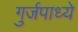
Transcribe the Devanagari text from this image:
गुर्जपाध्ये